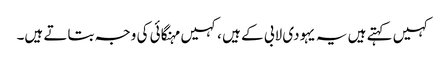
کہیں کہتے ہیں یہ یہودی لابی کے ہیں ،کہیں مہنگائی کی وجہ بتاتے ہیں۔